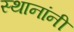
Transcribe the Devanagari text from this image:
स्थानांनी